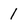
Character: 1